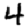
Digit: 4